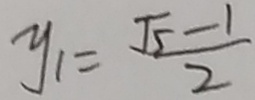
y _ { 1 } = \frac { \sqrt { 5 } - 1 } { 2 }